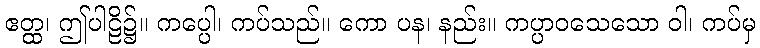
ဧတ္ထ၊ ဤပါဠိ၌။ ကပ္ပေါ၊ ကပ်သည်။ ကော ပန၊ နည်း။ ကပ္ပာဝသေသော ဝါ၊ ကပ်မှ